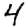
Digit: 4